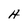
Character: H